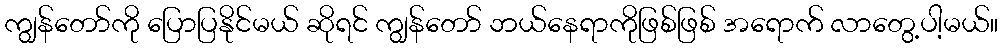
ကျွန်တော်ကို ပြောပြနိုင်မယ် ဆိုရင် ကျွန်တော် ဘယ်နေရာကိုဖြစ်ဖြစ် အရောက် လာတွေ့ပါ့မယ်။